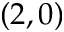
( 2 , 0 )